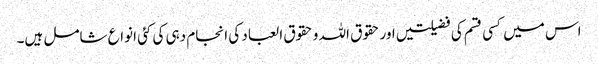
اس میں کسی قسم کی فضیلتیں اور حقوق اللہ و حقوق العباد کی انجام دہی کی کئی انواع شامل ہیں۔